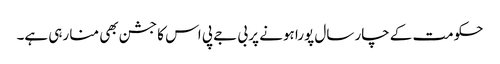
حکومت کے چار سال پورا ہونے پر بی جے پی اس کا جشن بھی منا رہی ہے۔